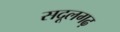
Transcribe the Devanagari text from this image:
सदूलगढ़